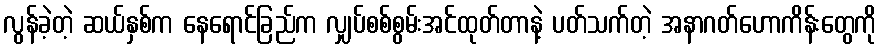
လွန်ခဲ့တဲ့ ဆယ်နှစ်က နေရောင်ခြည်က လျှပ်စစ်စွမ်းအင်ထုတ်တာနဲ့ ပတ်သက်တဲ့ အနာဂတ်ဟောကိန်းတွေကို